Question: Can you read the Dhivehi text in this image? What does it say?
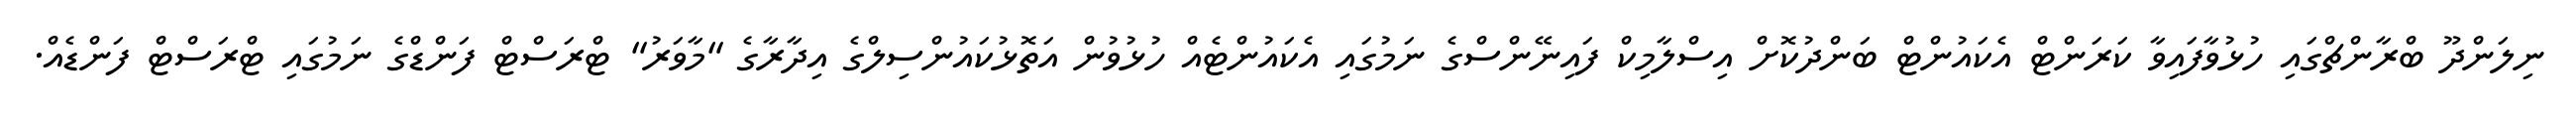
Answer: ނިލަންދޫ ބްރާންޗްގައި ހުޅުވާފައިވާ ކަރަންޓް އެކައުންޓް ބަންދުކޮށް އިސްލާމިކް ފައިނޭންސްގެ ނަމުގައި އެކައުންޓެއް ހުޅުވުން އަތޮޅުކައުންސިލްގެ އިދާރާގެ "މާވަރު" ޓްރަސްޓް ފަންޑްގެ ނަމުގައި ޓްރަސްޓް ފަންޑެއް.